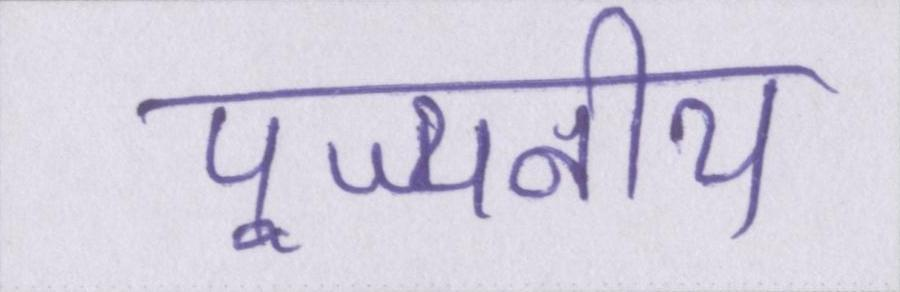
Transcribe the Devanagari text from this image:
पूज्यनीय